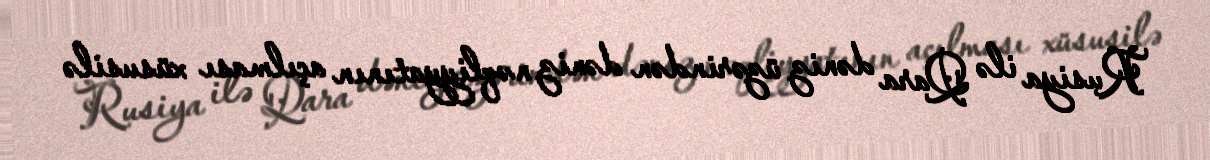
Rusiya ilə Qara dəniz üzərindən dəniz nəqliyyatının açılması xüsusilə